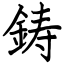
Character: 鋳